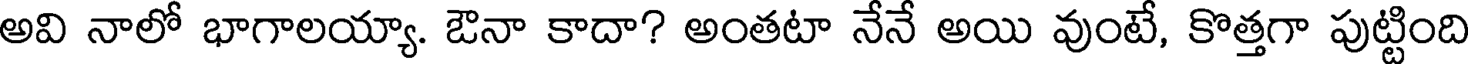
అవి నాలో భాగాలయ్యా. ఔనా కాదా? అంతటా నేనే అయి వుంటే, కొత్తగా పుట్టింది